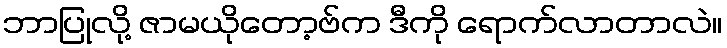
ဘာပြုလို့ ဇာမယိုတော့ဗ်က ဒီကို ရောက်လာတာလဲ။